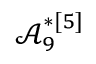
\mathcal { A } _ { 9 } ^ { * [ 5 ] }